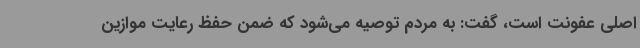
اصلی عفونت است، گفت: به مردم توصیه می‌شود که ضمن حفظ رعایت موازین